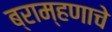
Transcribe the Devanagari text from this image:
ब्राम्हणाचे